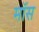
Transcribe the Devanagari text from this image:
माॅस